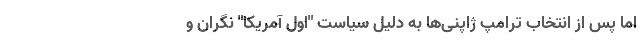
اما پس از انتخاب ترامپ ژاپنی‌ها به دلیل سیاست "اول آمریکا" نگران و